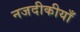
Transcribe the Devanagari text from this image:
नजदीकीयाँ